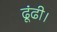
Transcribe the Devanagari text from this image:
ढूंढी।